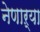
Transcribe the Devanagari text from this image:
नेणाऱ्‍या